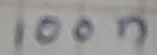
Text: 100n